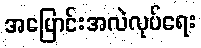
အပြောင်းအလဲလုပ်ရေး